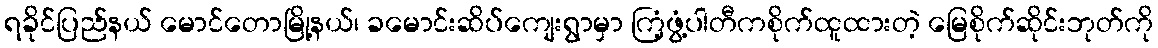
ရခိုင်ပြည်နယ် မောင်တောမြို့နယ်၊ ခမောင်းဆိပ်ကျေးရွာမှာ ကြံ့ဖွံ့ပါတီကစိုက်ထူထားတဲ့ မြေစိုက်ဆိုင်းဘုတ်ကို